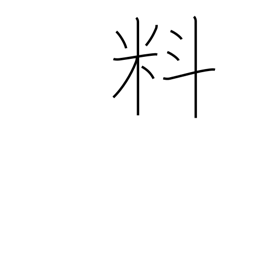
Meaning: materials